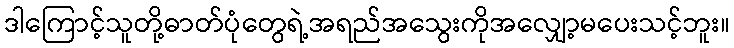
ဒါကြောင့်သူတို့ဓာတ်ပုံတွေရဲ့အရည်အသွေးကိုအလျှော့မပေးသင့်ဘူး။